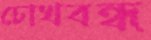
চোখবন্ধ